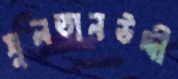
সুলতানউদ্দী